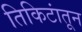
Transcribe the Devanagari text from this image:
तिकिटांतून